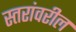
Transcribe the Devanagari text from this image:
स्‍तरांवरील